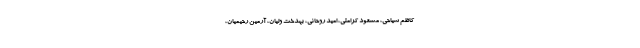
کاظم سیاحی، مسعود کرامتی، امید روحانی، بهدخت ولیان، آرمین رحیمیان،